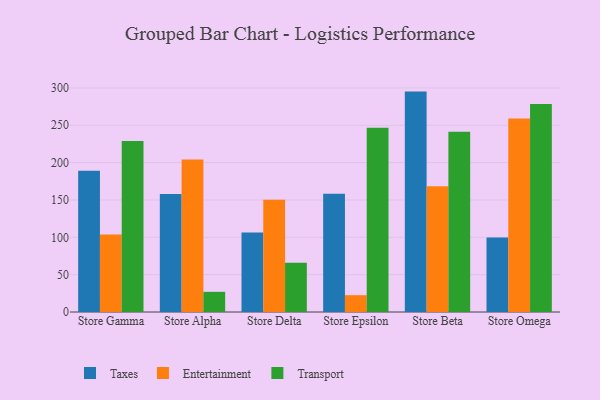
{"axis": {"x": "Store", "y": "Page Views"}, "legend": ["Entertainment", "Taxes", "Transport"], "data": [{"x": "Store Gamma", "y": 189.0, "type": "Taxes"}, {"x": "Store Gamma", "y": 103.8, "type": "Entertainment"}, {"x": "Store Gamma", "y": 228.8, "type": "Transport"}, {"x": "Store Alpha", "y": 157.9, "type": "Taxes"}, {"x": "Store Alpha", "y": 204.2, "type": "Entertainment"}, {"x": "Store Alpha", "y": 27.0, "type": "Transport"}, {"x": "Store Delta", "y": 106.4, "type": "Taxes"}, {"x": "Store Delta", "y": 150.4, "type": "Entertainment"}, {"x": "Store Delta", "y": 65.8, "type": "Transport"}, {"x": "Store Epsilon", "y": 158.3, "type": "Taxes"}, {"x": "Store Epsilon", "y": 22.5, "type": "Entertainment"}, {"x": "Store Epsilon", "y": 246.8, "type": "Transport"}, {"x": "Store Beta", "y": 295.1, "type": "Taxes"}, {"x": "Store Beta", "y": 168.3, "type": "Entertainment"}, {"x": "Store Beta", "y": 241.5, "type": "Transport"}, {"x": "Store Omega", "y": 99.7, "type": "Taxes"}, {"x": "Store Omega", "y": 259.2, "type": "Entertainment"}, {"x": "Store Omega", "y": 278.5, "type": "Transport"}]}